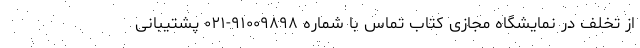
از تخلف در نمایشگاه مجازی کتاب تماس با شماره ۹۱۰۰۹۸۹۸-۰۲۱ پشتیبانی